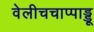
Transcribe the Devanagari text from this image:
वेलीचचाप्पाड्डू